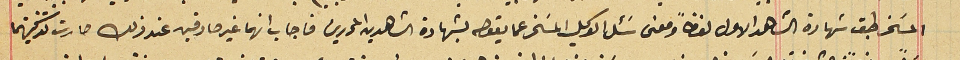
المسَخر طيق شهادة الشاهد الاول لفظاً ومعنى سَئل الوكيل المسَخر عما يقوله بشهادة الشاهدين المحررين فاجاب انهما غير صادقين عند ذلك صارت تذكيتهما